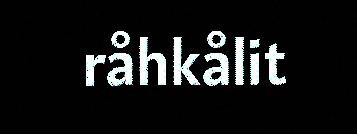
råhkålit